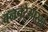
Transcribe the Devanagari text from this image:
वनचरेसारखे